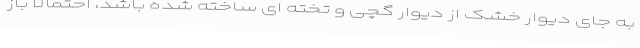
به جای دیوار خشک از دیوار گچی و تخته ای ساخته شده باشد، احتمالا باز